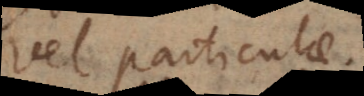
vel particulae.